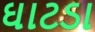
ઘાટડા